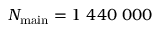
N _ { \mathrm { m a i n } } = 1 ~ 4 4 0 ~ 0 0 0